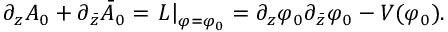
\partial _ { z } A _ { 0 } + \partial _ { \bar { z } } \bar { A } _ { 0 } = \left. { \cal L } \right| _ { \varphi = \varphi _ { 0 } } = \partial _ { z } \varphi _ { 0 } \partial _ { \bar { z } } \varphi _ { 0 } - V ( \varphi _ { 0 } ) .